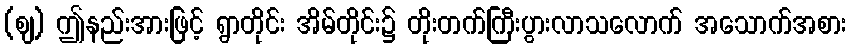
(ဈ) ဤနည်းအားဖြင့် ရွာတိုင်း အိမ်တိုင်း၌ တိုးတက်ကြီးပွားလာသလောက် အသောက်အစား